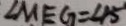
\angle M E G = 4 5